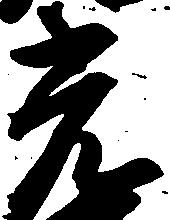
光